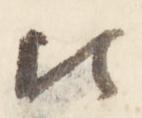
比